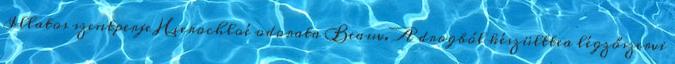
Illatos szentperje Hierochloé odorata Beauv. A drogból készülttea légzőszervi